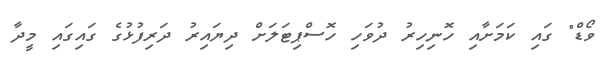
ވޯޑް" ގައި ކަމަށާއި ހޮނިހިރު ދުވަހި ހޮސްޕިޓަލަށް ދިޔައިރު ދަރިފުޅުގެ ގައިގައި މީދާ